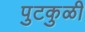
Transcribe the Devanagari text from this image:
पुटकुळी